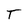
Character: T